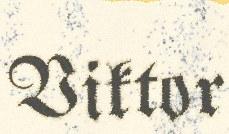
Viktor